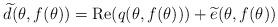
LaTeX: \begin{align*}\widetilde{d}(\theta,f(\theta)) = {\rm Re}(q(\theta,f(\theta))) + \widetilde{e}(\theta,f(\theta))\end{align*}